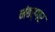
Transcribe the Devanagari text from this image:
नंबर्गर